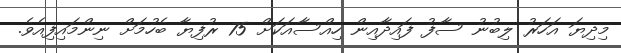
މިދިޔަ އަހަރު ލިބުނު ސާފު ފައިދާއިން ހިއްސާއަކަށް 75 ރުފިޔާ ބެހުމަށް ނިންމައިފިއެވެ.